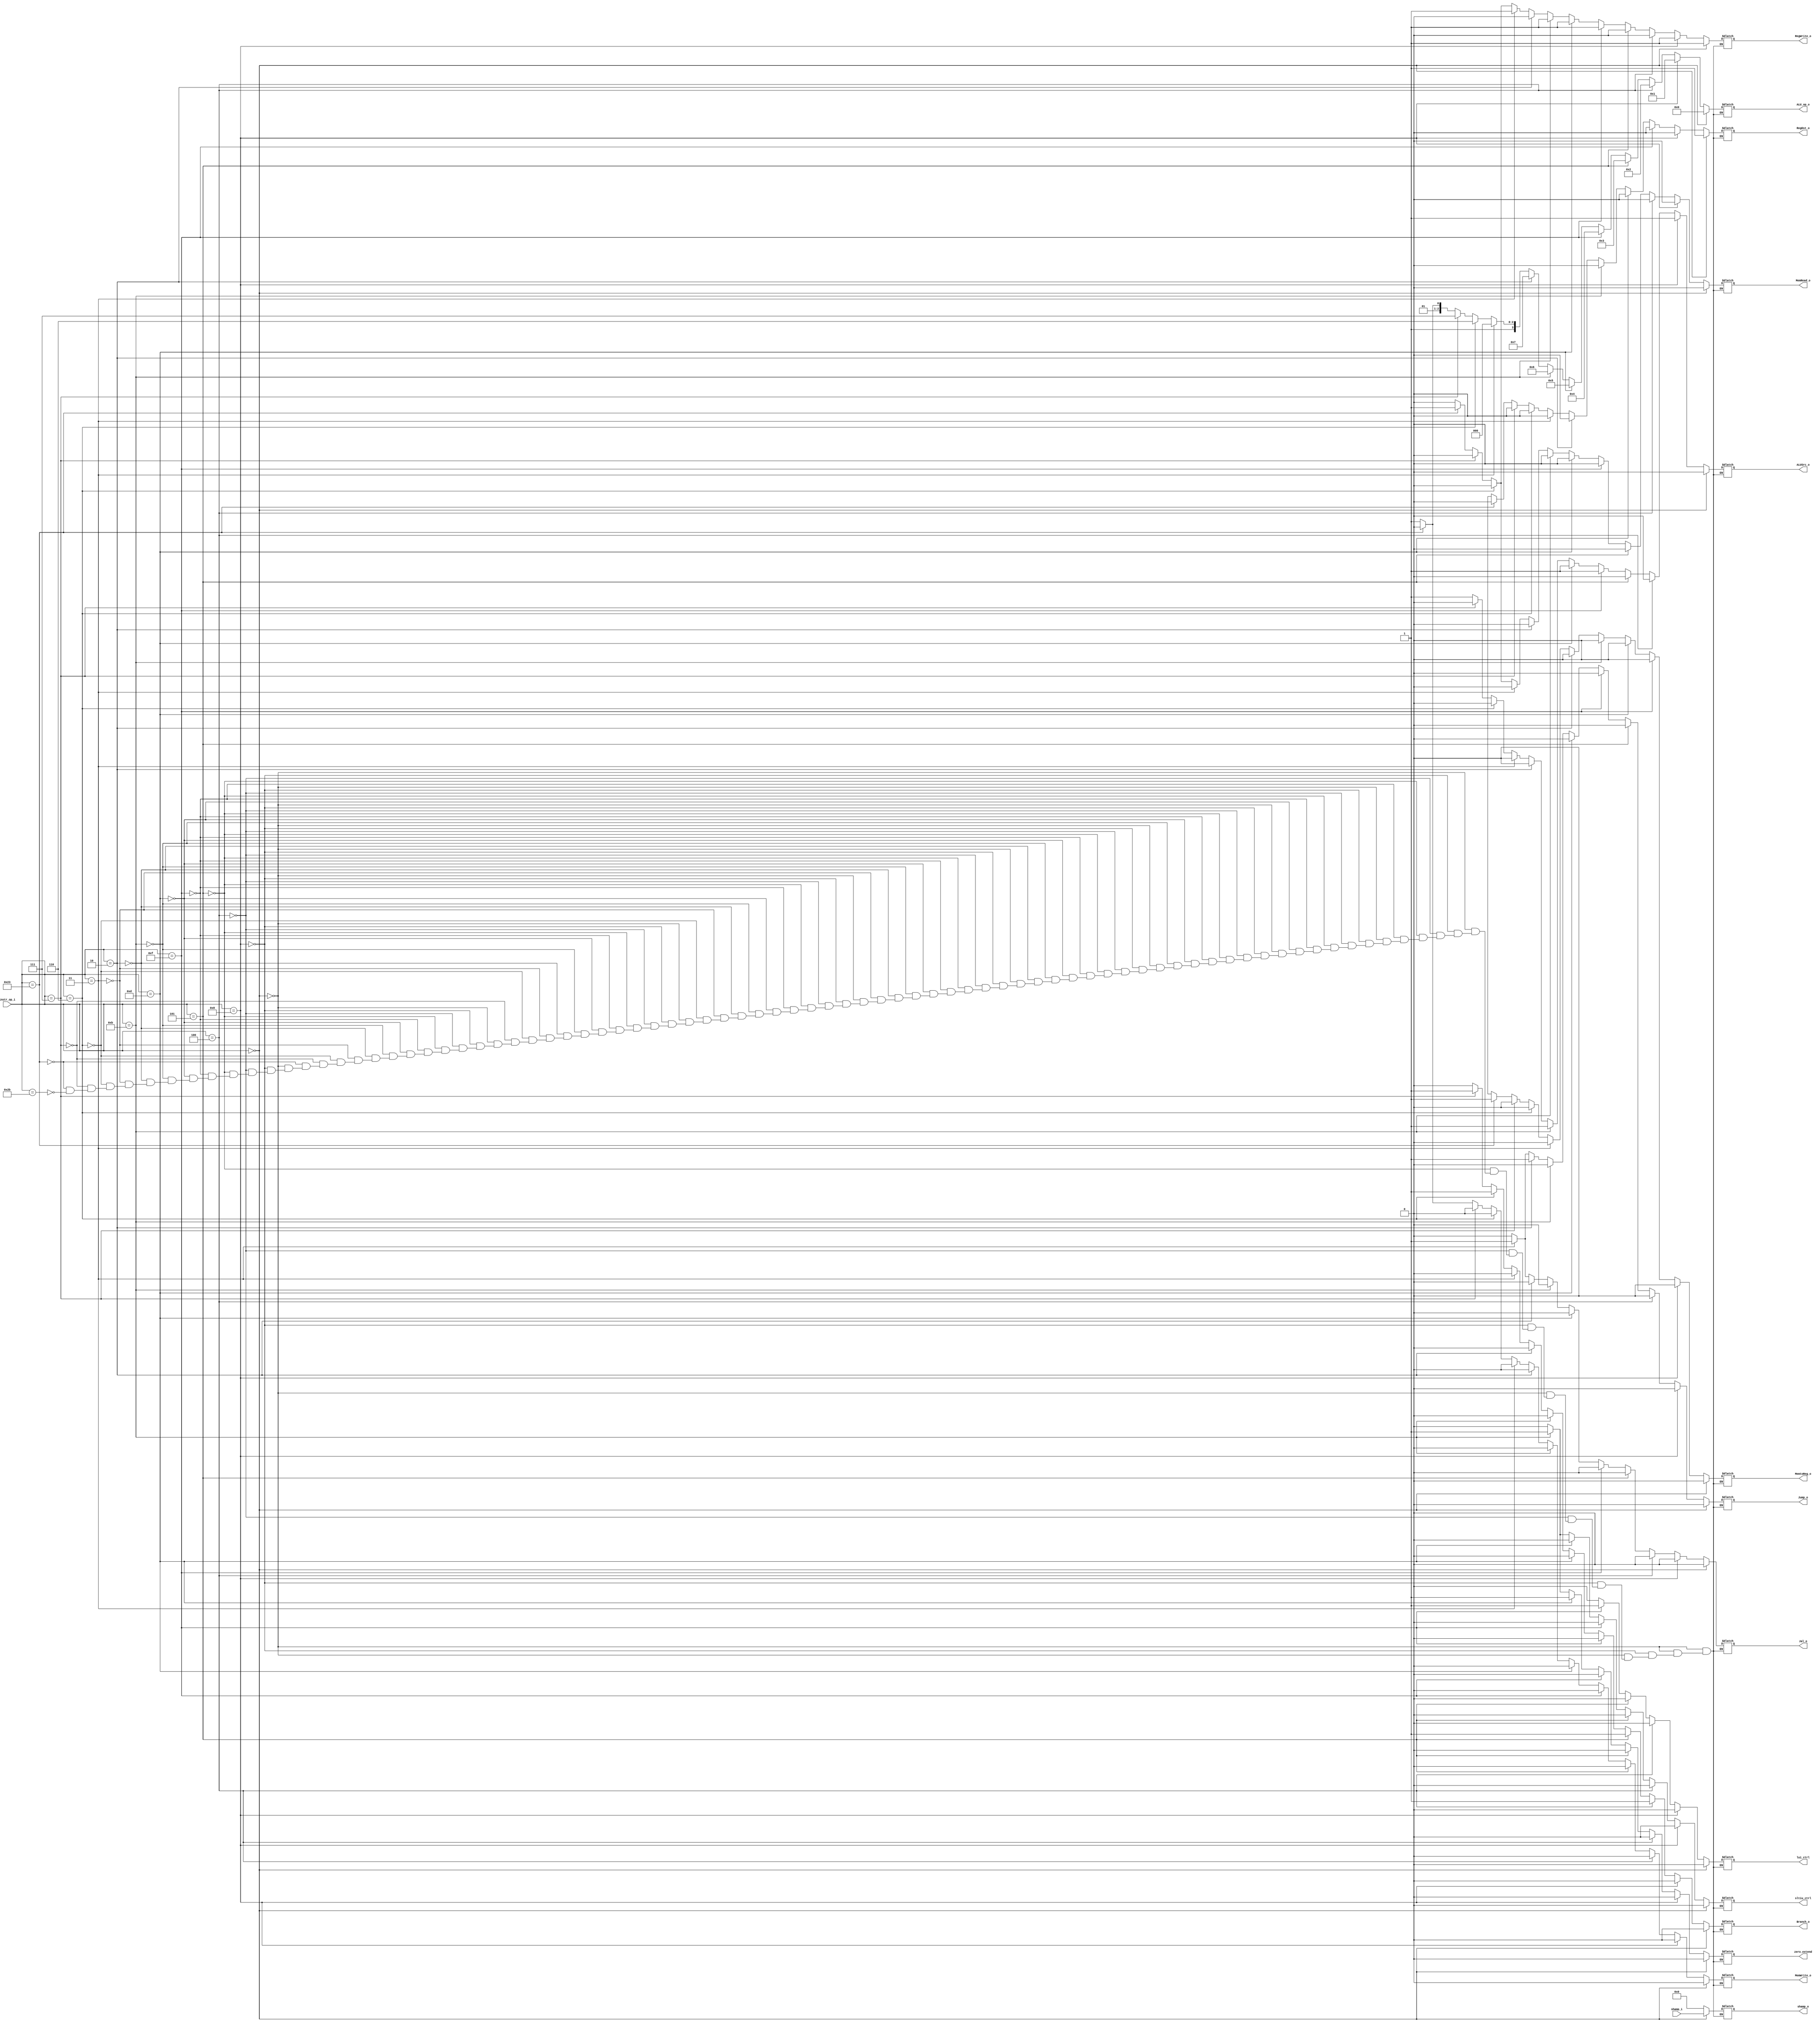

module Decoder(
    instr_op_i,
    RegWrite_o,
    ALU_op_o,
    ALUSrc_o,
    RegDst_o,
    Branch_o,
    Jump_o,
    Jal_o,
    zero_extend,
    lui_ctrl,
    sltiu_ctrl,
    shamp_i,
    shamp_o,
    MemtoReg_o,
    MemRead_o,
    MemWrite_o,
    );

//I/O ports
input  [6-1:0] instr_op_i;
input  [5-1:0] shamp_i;

output         RegWrite_o;
output [4-1:0] ALU_op_o;
output         ALUSrc_o;
output         RegDst_o;
output         Branch_o;
output		   Jump_o;
output		   Jal_o;
output		   MemtoReg_o;
output		   MemRead_o;
output		   MemWrite_o;

output         sltiu_ctrl;
output         lui_ctrl;
output         zero_extend;
output  [5-1:0] shamp_o;

//Internal Signals
reg    [4-1:0] ALU_op_o;
reg            ALUSrc_o;
reg            RegWrite_o;
reg            RegDst_o;
reg            Branch_o;
reg		       Jump_o;
reg            zero_extend;
reg            lui_ctrl;
reg            sltiu_ctrl;
reg    [5-1:0] shamp_o;
reg		   		MemtoReg_o;
reg		   		MemRead_o;
reg		  		MemWrite_o;
reg    		    Jal_o;



always @(*) begin
	
	if(instr_op_i==6'b000000)begin   //R-types
		RegDst_o = 1'b1;
		Branch_o = 1'b0;
		Jump_o = 1'b0;
		ALUSrc_o = 1'b0;
		RegWrite_o = 1'b1;
		zero_extend = 1'b0;
		lui_ctrl = 1'b0;
		sltiu_ctrl = 1'b0;
		ALU_op_o = 4'b0000;
		shamp_o = shamp_i;
		Jal_o = 1'b0;
		MemtoReg_o = 1'b0;
		MemRead_o = 1'b0;
		MemWrite_o = 1'b0;
	end else if(instr_op_i==6'b001000)begin  //addi
		RegDst_o = 1'b0;
		Branch_o = 1'b0;
		Jump_o = 1'b0;
		ALUSrc_o = 1'b1;
		RegWrite_o = 1'b1;
		zero_extend = 1'b0;
		lui_ctrl = 1'b0;
		sltiu_ctrl = 1'b0;
		ALU_op_o = 4'b0001;
		shamp_o = 5'b00000;
		Jal_o = 1'b0;
		MemtoReg_o = 1'b0;
		MemRead_o = 1'b0;
		MemWrite_o = 1'b0;
	end else if(instr_op_i==6'b000100)begin  //beq
		RegDst_o = 1'bx;
		Branch_o = 1'b1;
		Jump_o = 1'b0;
		ALUSrc_o = 1'b0;
		RegWrite_o = 1'b0;
		zero_extend = 1'b0;
		lui_ctrl = 1'b0;
		sltiu_ctrl = 1'b0;
		ALU_op_o = 4'b0010;
		shamp_o = 5'b00000;
		Jal_o = 1'b0;
		MemtoReg_o = 1'bx;
		MemRead_o = 1'b0;
		MemWrite_o = 1'b0;
	end else if(instr_op_i==6'b000101)begin  //bne
		RegDst_o = 1'bx;
		Branch_o = 1'b1;
		Jump_o = 1'b0;
		ALUSrc_o = 1'b0;
		RegWrite_o = 1'b0;
		zero_extend = 1'b0;
		lui_ctrl = 1'b0;
		sltiu_ctrl = 1'b0;
		ALU_op_o = 4'b0011;
		shamp_o = 5'b00000;
		Jal_o = 1'b0;
		MemtoReg_o = 1'bx;
		MemRead_o = 1'b0;
		MemWrite_o = 1'b0;
	end else if(instr_op_i==6'b001111)begin  //lui
		RegDst_o = 1'b0;
		Branch_o = 1'b0;
		Jump_o = 1'b0;
		ALUSrc_o = 1'b1;
		RegWrite_o = 1'b1;
		zero_extend = 1'b0;
		lui_ctrl = 1'b1;
		sltiu_ctrl = 1'b0;
		ALU_op_o = 4'b0100;
		shamp_o = 5'b00000;
		Jal_o = 1'b0;
		MemtoReg_o = 1'b0;
		MemRead_o = 1'b0;
		MemWrite_o = 1'b0;
	end else if(instr_op_i==6'b001101)begin  //ori
		RegDst_o = 1'b0;
		Branch_o = 1'b0;
		Jump_o = 1'b0;
		ALUSrc_o = 1'b1;
		RegWrite_o = 1'b1;
		zero_extend = 1'b1;
		lui_ctrl = 1'b0;
		sltiu_ctrl = 1'b0;
		ALU_op_o = 4'b0101;
		shamp_o = 5'b00000;
		Jal_o = 1'b0;
		MemtoReg_o = 1'b0;
		MemRead_o = 1'b0;
		MemWrite_o = 1'b0;
	end else if(instr_op_i==6'b001011)begin  //sltiu
		RegDst_o = 1'b0;
		Branch_o = 1'b0;
		Jump_o = 1'b0;
		ALUSrc_o = 1'b1;
		RegWrite_o = 1'b1;
		zero_extend = 1'b1;
		lui_ctrl = 1'b0;
		sltiu_ctrl = 1'b1;
		ALU_op_o = 4'b0110;
		shamp_o = 5'b00000;
		Jal_o = 1'b0;
		MemtoReg_o = 1'b0;
		MemRead_o = 1'b0;
		MemWrite_o = 1'b0;
	end else if(instr_op_i==6'b000010)begin  //jump
		RegDst_o = 1'b0;
		Branch_o = 1'b0;
		Jump_o = 1'b1;
		ALUSrc_o = 1'b0;
		RegWrite_o = 1'b0;
		zero_extend = 1'b0;
		lui_ctrl = 1'b0;
		sltiu_ctrl = 1'b0;
		ALU_op_o = 4'b0111;
		shamp_o = 5'b00000;
		Jal_o = 1'b0;
		MemtoReg_o = 1'b0;
		MemRead_o = 1'b0;
		MemWrite_o = 1'b0;
	end else if(instr_op_i==6'b000011)begin  //jal
		RegDst_o = 1'b0;
		Branch_o = 1'b0;
		Jump_o = 1'b1;
		ALUSrc_o = 1'b0;
		RegWrite_o = 1'b1;
		zero_extend = 1'b0;
		lui_ctrl = 1'b0;
		sltiu_ctrl = 1'b0;
		ALU_op_o = 4'b1000;
		shamp_o = 5'b00000;
		Jal_o = 1'b1;
		MemtoReg_o = 1'b0;
		MemRead_o = 1'b0;
		MemWrite_o = 1'b0;
	end else if(instr_op_i==6'b000110)begin  //blez
		RegDst_o = 1'b0;
		Branch_o = 1'b1;
		Jump_o = 1'b0;
		ALUSrc_o = 1'b0;
		RegWrite_o = 1'b0;
		zero_extend = 1'b0;
		lui_ctrl = 1'b0;
		sltiu_ctrl = 1'b0;
		ALU_op_o = 4'b1110;
		shamp_o = 5'b00000;
		Jal_o = 1'b0;
		MemtoReg_o = 1'b0;
		MemRead_o = 1'b0;
		MemWrite_o = 1'b0;
	end else if(instr_op_i==6'b000111)begin  //bgtz
		RegDst_o = 1'b0;
		Branch_o = 1'b1;
		Jump_o = 1'b0;
		ALUSrc_o = 1'b0;
		RegWrite_o = 1'b0;
		zero_extend = 1'b0;
		lui_ctrl = 1'b0;
		sltiu_ctrl = 1'b0;
		ALU_op_o = 4'b1111;
		shamp_o = 5'b00000;
		Jal_o = 1'b0;
		MemtoReg_o = 1'b0;
		MemRead_o = 1'b0;
		MemWrite_o = 1'b0;
	end else if(instr_op_i==6'b100011)begin  //lw
		RegDst_o = 1'b0;
		ALUSrc_o = 1'b1;
		MemtoReg_o = 1'b1;
		RegWrite_o = 1'b1;
		MemRead_o = 1'b1;
		MemWrite_o = 1'b0;
		Branch_o = 1'b0;
		ALU_op_o = 4'b1010;
		Jal_o = 1'b0;
		Jump_o = 1'b0;
		zero_extend = 1'b0;
		lui_ctrl = 1'b0;
		sltiu_ctrl = 1'b0;
		shamp_o = 5'b00000;
	end else if(instr_op_i==6'b101011)begin  //sw
		RegDst_o = 1'bx;
		ALUSrc_o = 1'b1;
		MemtoReg_o = 1'bx;
		RegWrite_o = 1'b0;
		MemRead_o = 1'b0;
		MemWrite_o = 1'b1;
		Branch_o = 1'b0;
		ALU_op_o = 4'b1011;		
		Jal_o = 1'b0;
		Jump_o = 1'b0;
		zero_extend = 1'b0;
		lui_ctrl = 1'b0;
		sltiu_ctrl = 1'b0;
		shamp_o = 5'b00000;
	end
end




endmodule